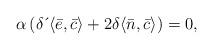
LaTeX: \begin{align*}\alpha \left( \delta \,\acute{}\, \langle \bar{e},\bar{c}\rangle+2\delta \langle \bar{n},\bar{c}\rangle \right)=0, \end{align*}